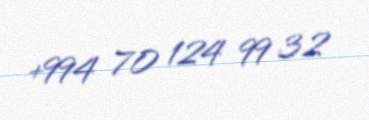
+994 70 124 99 32